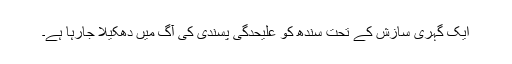
ایک گہری سازش کے تحت سندھ کو علیحدگی پسندی کی آگ میں دھکیلا جارہا ہے۔